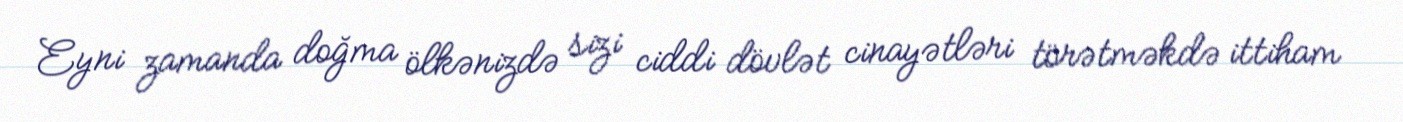
Eyni zamanda doğma ölkənizdə sizi ciddi dövlət cinayətləri törətməkdə ittiham